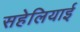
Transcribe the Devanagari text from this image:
सहेलियाई